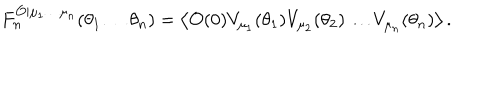
F _ { n } ^ { { \cal O } | \mu _ { 1 } \ldots \mu _ { n } } ( \theta _ { 1 } \ldots \theta _ { n } ) = \left\langle { \cal O } ( 0 ) V _ { \mu _ { 1 } } ( \theta _ { 1 } ) V _ { \mu _ { 2 } } ( \theta _ { 2 } ) \ldots V _ { \mu _ { n } } ( \theta _ { n } ) \right\rangle .